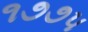
૧૭૭૫